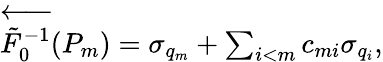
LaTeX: \begin{array}{r}{\overleftarrow{\tilde{F}_{0}^{-1}}(P_{m})=\sigma_{q_{m}}+\sum_{i<m}c_{mi}\sigma_{q_{i}},}\end{array}